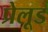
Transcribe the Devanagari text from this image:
प्रेलूड